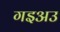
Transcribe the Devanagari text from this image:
गइअउ